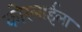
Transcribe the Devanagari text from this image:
कोरलाईला